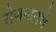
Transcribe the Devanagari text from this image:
रोजमानचे